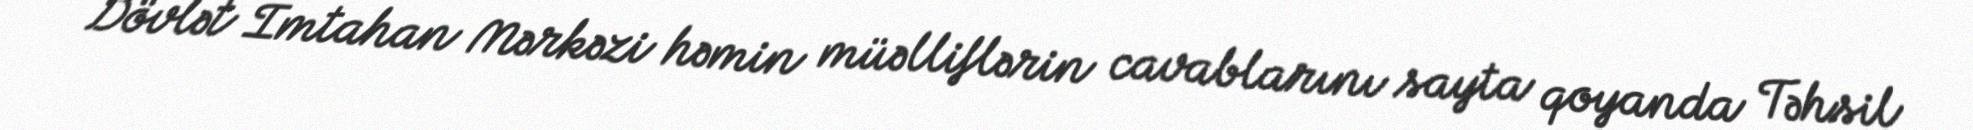
Dövlət İmtahan Mərkəzi həmin müəlliflərin cavablarını sayta qoyanda Təhsil